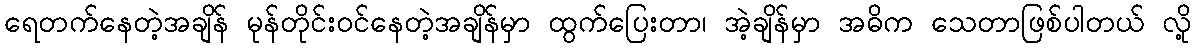
ရေတက်နေတဲ့အချိန် မုန်တိုင်းဝင်နေတဲ့အချိန်မှာ ထွက်ပြေးတာ၊ အဲ့ချိန်မှာ အဓိက သေတာဖြစ်ပါတယ် လို့